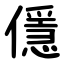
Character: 㒚